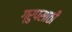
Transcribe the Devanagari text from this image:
ग्रुपसाठी